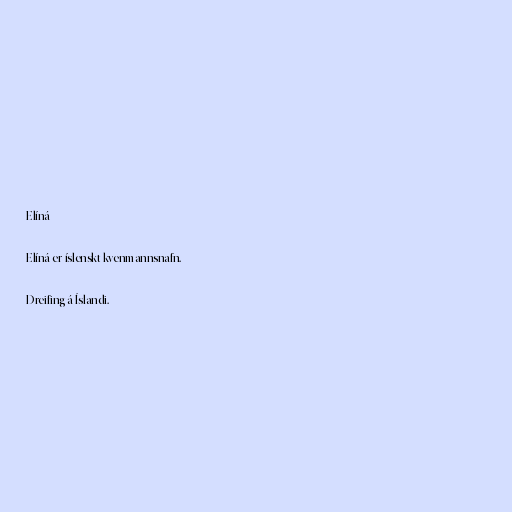
Elíná

Elíná er íslenskt kvenmannsnafn.

Dreifing á Íslandi.